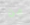
من